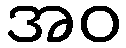
အဝ